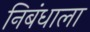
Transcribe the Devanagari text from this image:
निबंधाला